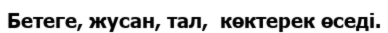
Бетеге, жусан, тал,  көктерек өседі.